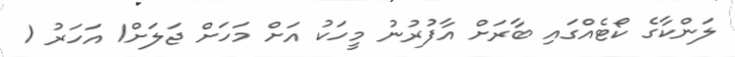
ލަންކާގެ ކޯޓެއްގައި ބާރަށް އާފުރުނު މީހަކު އަށް މަހަށް ޖަލަށް1 އަހަރު 1